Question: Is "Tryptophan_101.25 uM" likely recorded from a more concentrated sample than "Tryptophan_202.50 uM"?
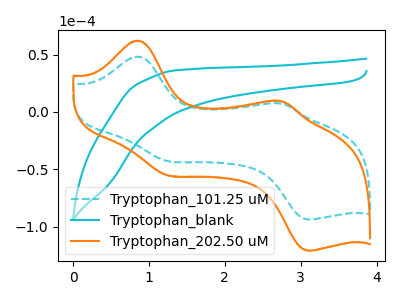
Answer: <think>The cyan dashed curve "Tryptophan_101.25 uM" has anodic peaks at (0.85V, 48.20uA) (2.75V, 7.25uA) and cathodic peaks at (1.25V, -43.00uA) (3.10V, -93.80uA). The cyan curve "Tryptophan_blank" has no peaks. The orange curve "Tryptophan_202.50 uM" has anodic peaks at (0.85V, 62.20uA) (2.75V, 9.35uA) and cathodic peaks at (1.25V, -55.45uA) (3.10V, -121.00uA).
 All the peaks in "Tryptophan_101.25 uM" have a peak in "Tryptophan_202.50 uM" at the same potential. Every peak in "Tryptophan_101.25 uM" is lower than every peak in "Tryptophan_202.50 uM".</think>
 <answer>"Tryptophan_101.25 uM" has less signal than "Tryptophan_202.50 uM".</answer>
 <eval>less_signal</eval>